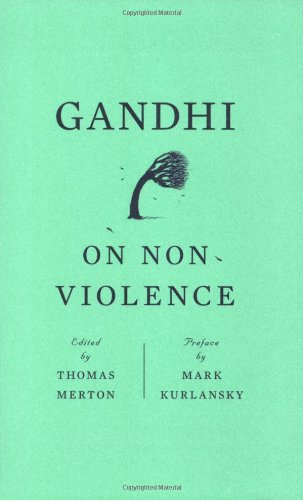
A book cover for Gandhi on Non-Violence (New Directions Paperbook); Mahatma Gandhi; Religion & Spirituality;